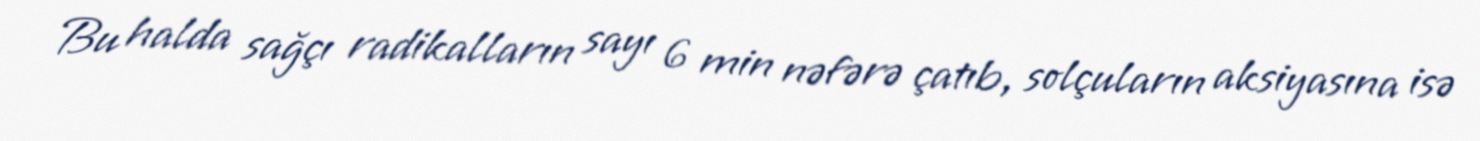
Bu halda sağçı radikalların sayı 6 min nəfərə çatıb, solçuların aksiyasına isə